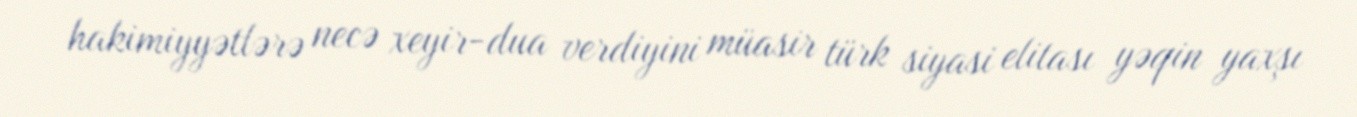
hakimiyyətlərə necə xeyir-dua verdiyini müasir türk siyasi elitası yəqin yaxşı